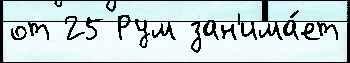
от 25 Рум зан'има́ет